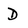
Character: D